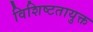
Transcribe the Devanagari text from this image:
विशिष्टतायुक्त